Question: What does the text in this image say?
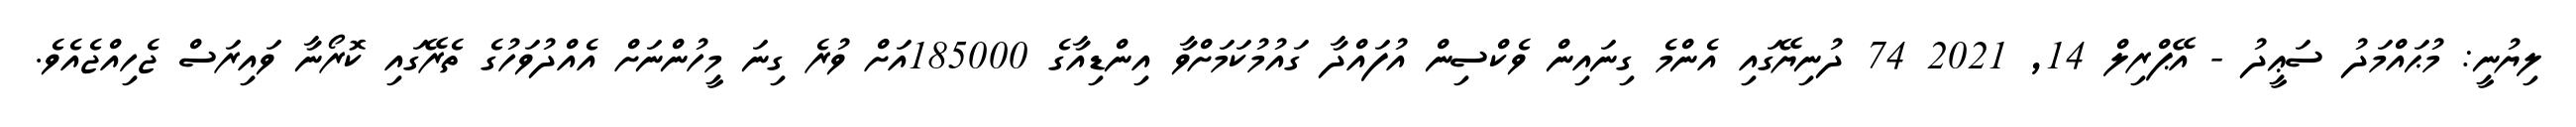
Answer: ލިޔުނީ: މުޙައްމަދު ސަޢީދު - އޭޕްރިލް 14, 2021 74 ދުނިޔޭގައި އެންމެ ގިނައިން ވެކްސިން އުފައްދާ ގައުމުކަމަށްވާ އިންޑިއާގެ 185000އަށް ވުރެ ގިނަ މީހުންނަށް އެއްދުވަހުގެ ތެރޭގައި ކޮރޯނާ ވައިރަސް ޖެހިއްޖެއެވެ.